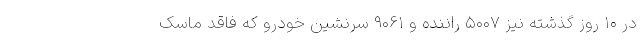
در ۱۰ روز گذشته نیز ۵۰۰۷ راننده و ۹۰۶۱ سرنشین خودرو که فاقد ماسک